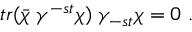
t r ( \bar { \chi } \; \gamma ^ { - s t } \chi ) \; \gamma _ { - s t } \chi = 0 \ .